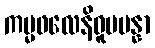
ကမ္မဖလေနိဓူပပန္နာ